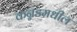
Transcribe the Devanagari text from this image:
कन्नडमधील